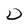
Character: D